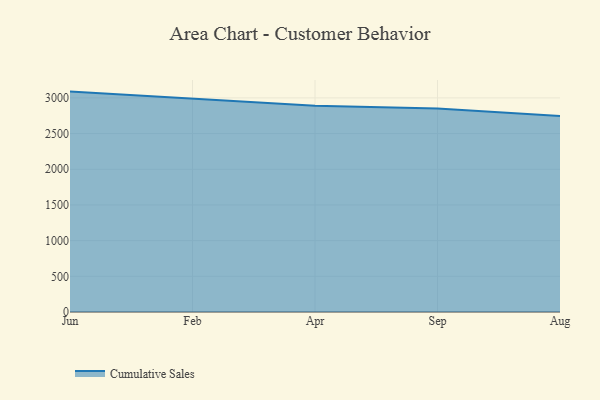
{"axis": {"x": "Month", "y": "Energy Usage (MWh)"}, "legend": ["Cumulative Sales"], "data": [{"x": "Jun", "y": 3088.3, "type": "Cumulative Sales"}, {"x": "Feb", "y": 2988.1, "type": "Cumulative Sales"}, {"x": "Apr", "y": 2891.6, "type": "Cumulative Sales"}, {"x": "Sep", "y": 2851.6, "type": "Cumulative Sales"}, {"x": "Aug", "y": 2747.3, "type": "Cumulative Sales"}]}